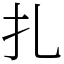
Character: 扎